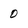
Character: 0